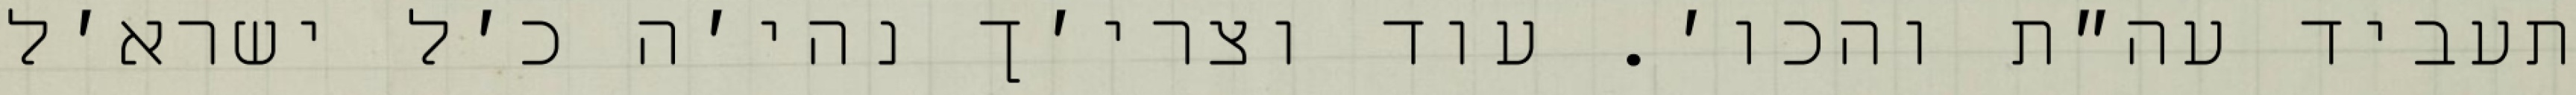
תעביד עה״ת והכו׳. עוד וצרי׳ך נהי׳ה כ׳ל ישרא׳ל